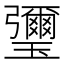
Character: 瓕